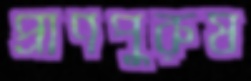
প্রাণপুরুষ